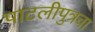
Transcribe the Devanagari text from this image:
पाटलीपुत्रचा